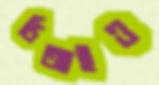
ডিআইও